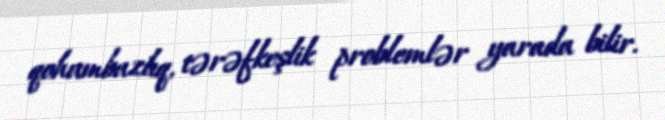
qohumbazlıq, tərəfkeşlik problemlər yarada bilir.